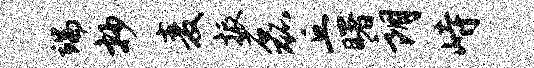
端抄麦振磊丘曙朗峙